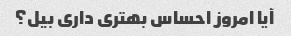
آیا امروز احساس بهتری داری بیل؟